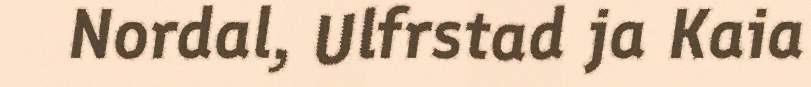
Nordal, Ulfrstad ja Kaia